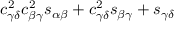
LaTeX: c _ { \gamma \delta } ^ { 2 } c _ { \beta \gamma } ^ { 2 } s _ { \alpha \beta } + c _ { \gamma \delta } ^ { 2 } s _ { \beta \gamma } + s _ { \gamma \delta }